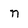
Character: n